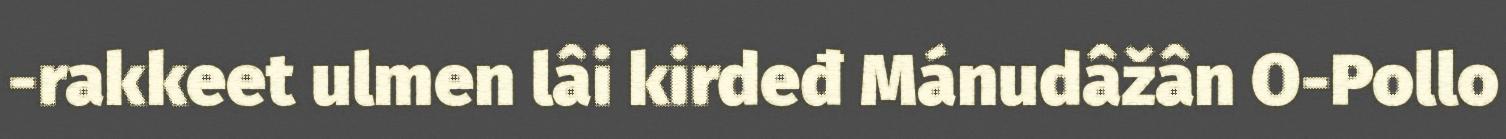
-rakkeet ulmen lâi kirdeđ Mánudâžân O-Pollo